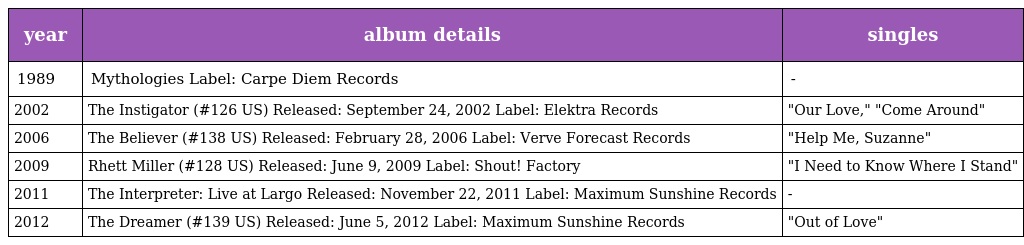
| year | album details | singles |
 | --- | --- | --- |
 | 1989 | Mythologies Label: Carpe Diem Records | - |
 | 2002 | The Instigator (#126 US) Released: September 24, 2002 Label: Elektra Records | "Our Love," "Come Around" |
 | 2006 | The Believer (#138 US) Released: February 28, 2006 Label: Verve Forecast Records | "Help Me, Suzanne" |
 | 2009 | Rhett Miller (#128 US) Released: June 9, 2009 Label: Shout! Factory | "I Need to Know Where I Stand" |
 | 2011 | The Interpreter: Live at Largo Released: November 22, 2011 Label: Maximum Sunshine Records | - |
 | 2012 | The Dreamer (#139 US) Released: June 5, 2012 Label: Maximum Sunshine Records | "Out of Love" |